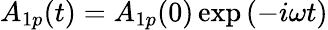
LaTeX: A_{1p}(t)=A_{1p}(0)\exp{(-i\omega t)}